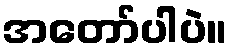
အတော်ပါပဲ။